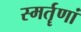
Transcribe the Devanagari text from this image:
स्मर्तॄणां